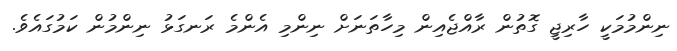
ނިންމުމަކީ ހާރިޖީ ގޮތުން ރާއްޖެއިން މިހާތަނަށް ނިންމި އެންމެ ރަނގަޅު ނިންމުން ކަމުގައެވެ.